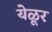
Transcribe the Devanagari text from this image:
येळूर